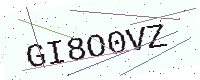
Text: GI8O0VZ